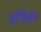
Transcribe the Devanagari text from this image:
अर्फिका